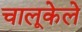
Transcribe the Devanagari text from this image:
चालूकेले